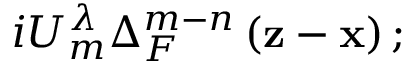
i U _ { m } ^ { \lambda } \Delta _ { F } ^ { m - n } \left( \mathbf { z - x } \right) ;